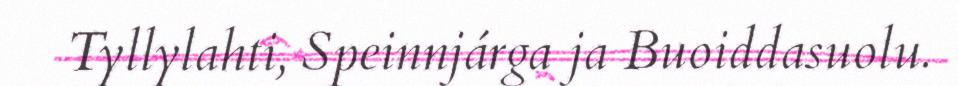
Tyllylahti, Speinnjárga ja Buoiddasuolu.